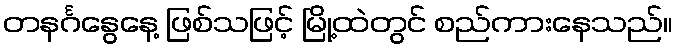
တနင်္ဂနွေနေ့ ဖြစ်သဖြင့် မြို့ထဲတွင် စည်ကားနေသည်။